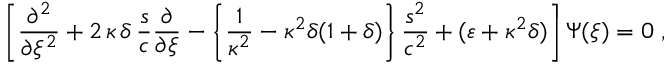
\left[ \frac { \partial ^ { 2 } } { \partial \xi ^ { 2 } } + 2 \, \kappa \, \delta \, \frac { s } { c } \frac { \partial } { \partial \xi } - \left\{ \frac { 1 } { \kappa ^ { 2 } } - \kappa ^ { 2 } \delta ( 1 + \delta ) \right\} \frac { s ^ { 2 } } { c ^ { 2 } } + ( \varepsilon + \kappa ^ { 2 } \delta ) \right] \Psi ( \xi ) = 0 \; ,